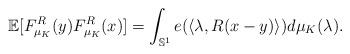
LaTeX: \begin{align*}\mathbb{E}[F^R_{\mu_{K}}(y)F^R_{\mu_{K}}(x)]= \int_{\mathbb{S}^1} e(\langle\lambda, R(x-y)\rangle)d\mu_{K}(\lambda). \end{align*}